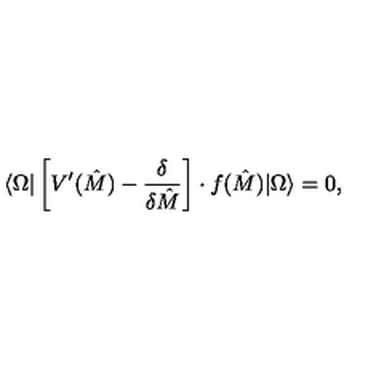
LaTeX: \langle \Omega | \left[ V ^ { \prime } ( \hat { M } ) - { \frac { \delta } { \delta \hat { M } } } \right] \cdot f ( \hat { M } ) | \Omega \rangle = 0 ,